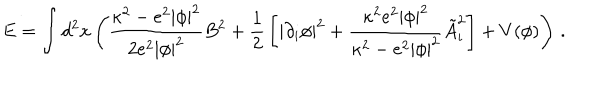
E = \int d ^ { 2 } x \left( { \frac { \kappa ^ { 2 } - e ^ { 2 } | \phi | ^ { 2 } } { 2 e ^ { 2 } | \phi | ^ { 2 } } } B ^ { 2 } + { \frac { 1 } { 2 } } \left[ | \partial _ { i } \phi | ^ { 2 } + { \frac { \kappa ^ { 2 } e ^ { 2 } | \phi | ^ { 2 } } { \kappa ^ { 2 } - e ^ { 2 } | \phi | ^ { 2 } } } \tilde { A } _ { i } ^ { 2 } \right] + V ( \phi ) \right) \, .